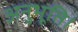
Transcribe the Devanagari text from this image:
अनुभूति।